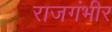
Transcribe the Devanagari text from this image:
राजगंभीर